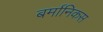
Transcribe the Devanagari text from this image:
बर्मानिकस